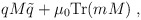
\begin{align*}qM\tilde{q} + \mu_0\mbox{Tr}(mM)\;,\end{align*}